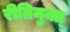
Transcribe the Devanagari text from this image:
रीतिमुक्त्